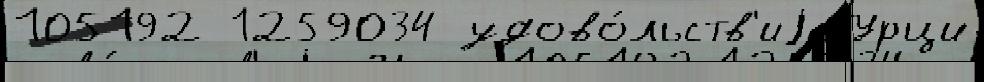
105192 1259034 удово́льств'иjа Урци